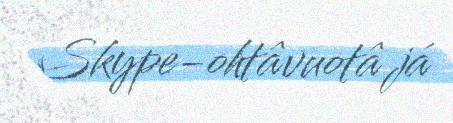
Skype-ohtâvuotâ já